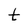
Character: t